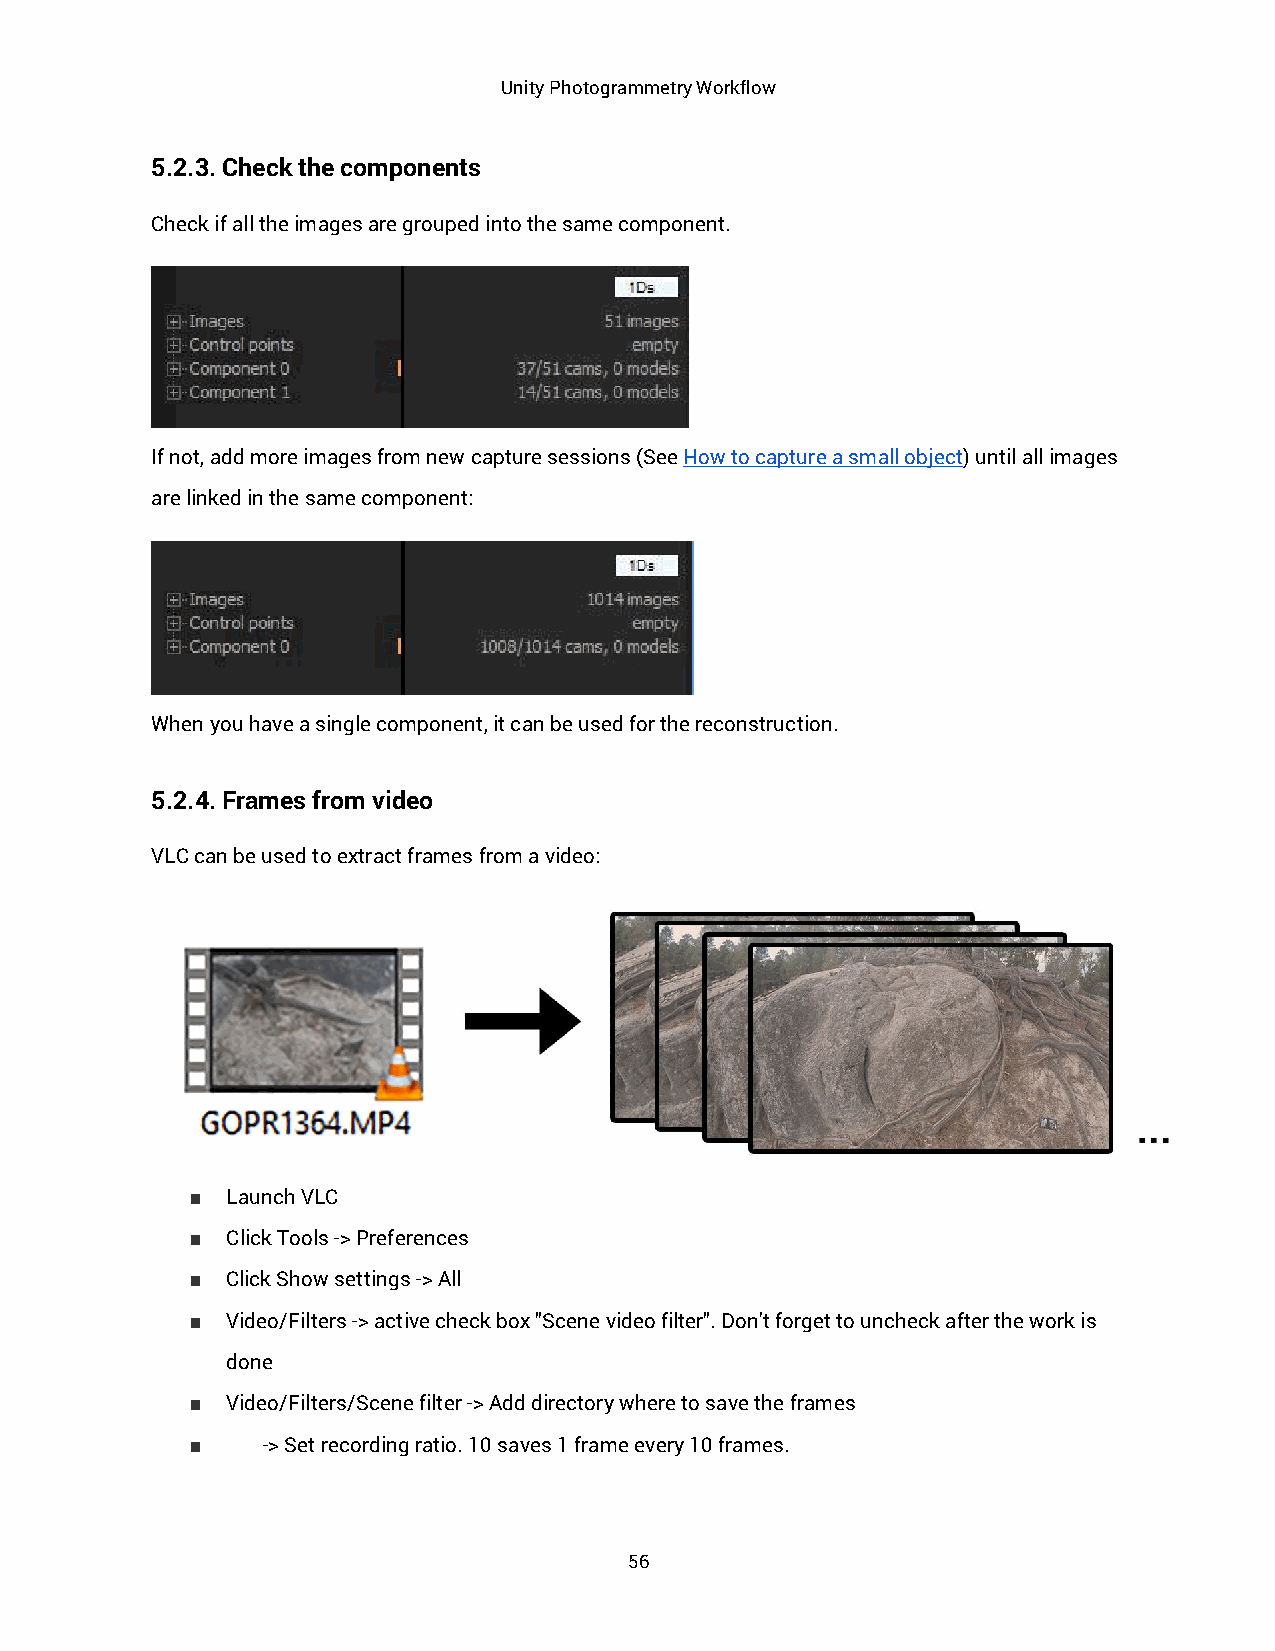
Unity Photogrammetry Workflow
 5.2.3. Check the components
 Check if all the images are grouped into the same component.
 If not, add more images from new capture sessions (See How to capture a small object) until all images
 are linked in the same component:
 When you have a single component, it can be used for the reconstruction.
 5.2.4. Frames from video
 VLC can be used to extract frames from a video:
 ■ Launch VLC
 ■ Click Tools -> Preferences
 ■ Click Show settings -> All
 ■ Video/Filters -> active check box "Scene video filter". Don't forget to uncheck after the work is
 done
 ■ Video/Filters/Scene filter -> Add directory where to save the frames
 ■   -> Set recording ratio. 10 saves 1 frame every 10 frames.
 56